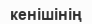
кенішінің